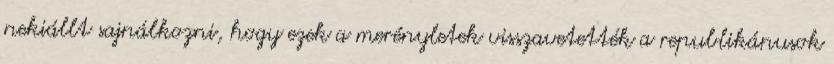
nekiállt sajnálkozni, hogy ezek a merényletek visszavetették a republikánusok